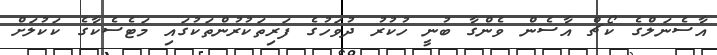
އާސެނަލްގެ ކޯޗް އާސެން ވެންގާ ބުނީ ހުކުރު ދުވަހުގެ ފަރިތަކުރުންތަކުގައި މަޓެސެކާގެ ކަކުލަށް